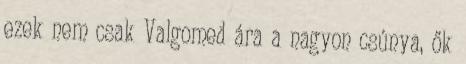
ezek nem csak Valgomed ára a nagyon csúnya, ők